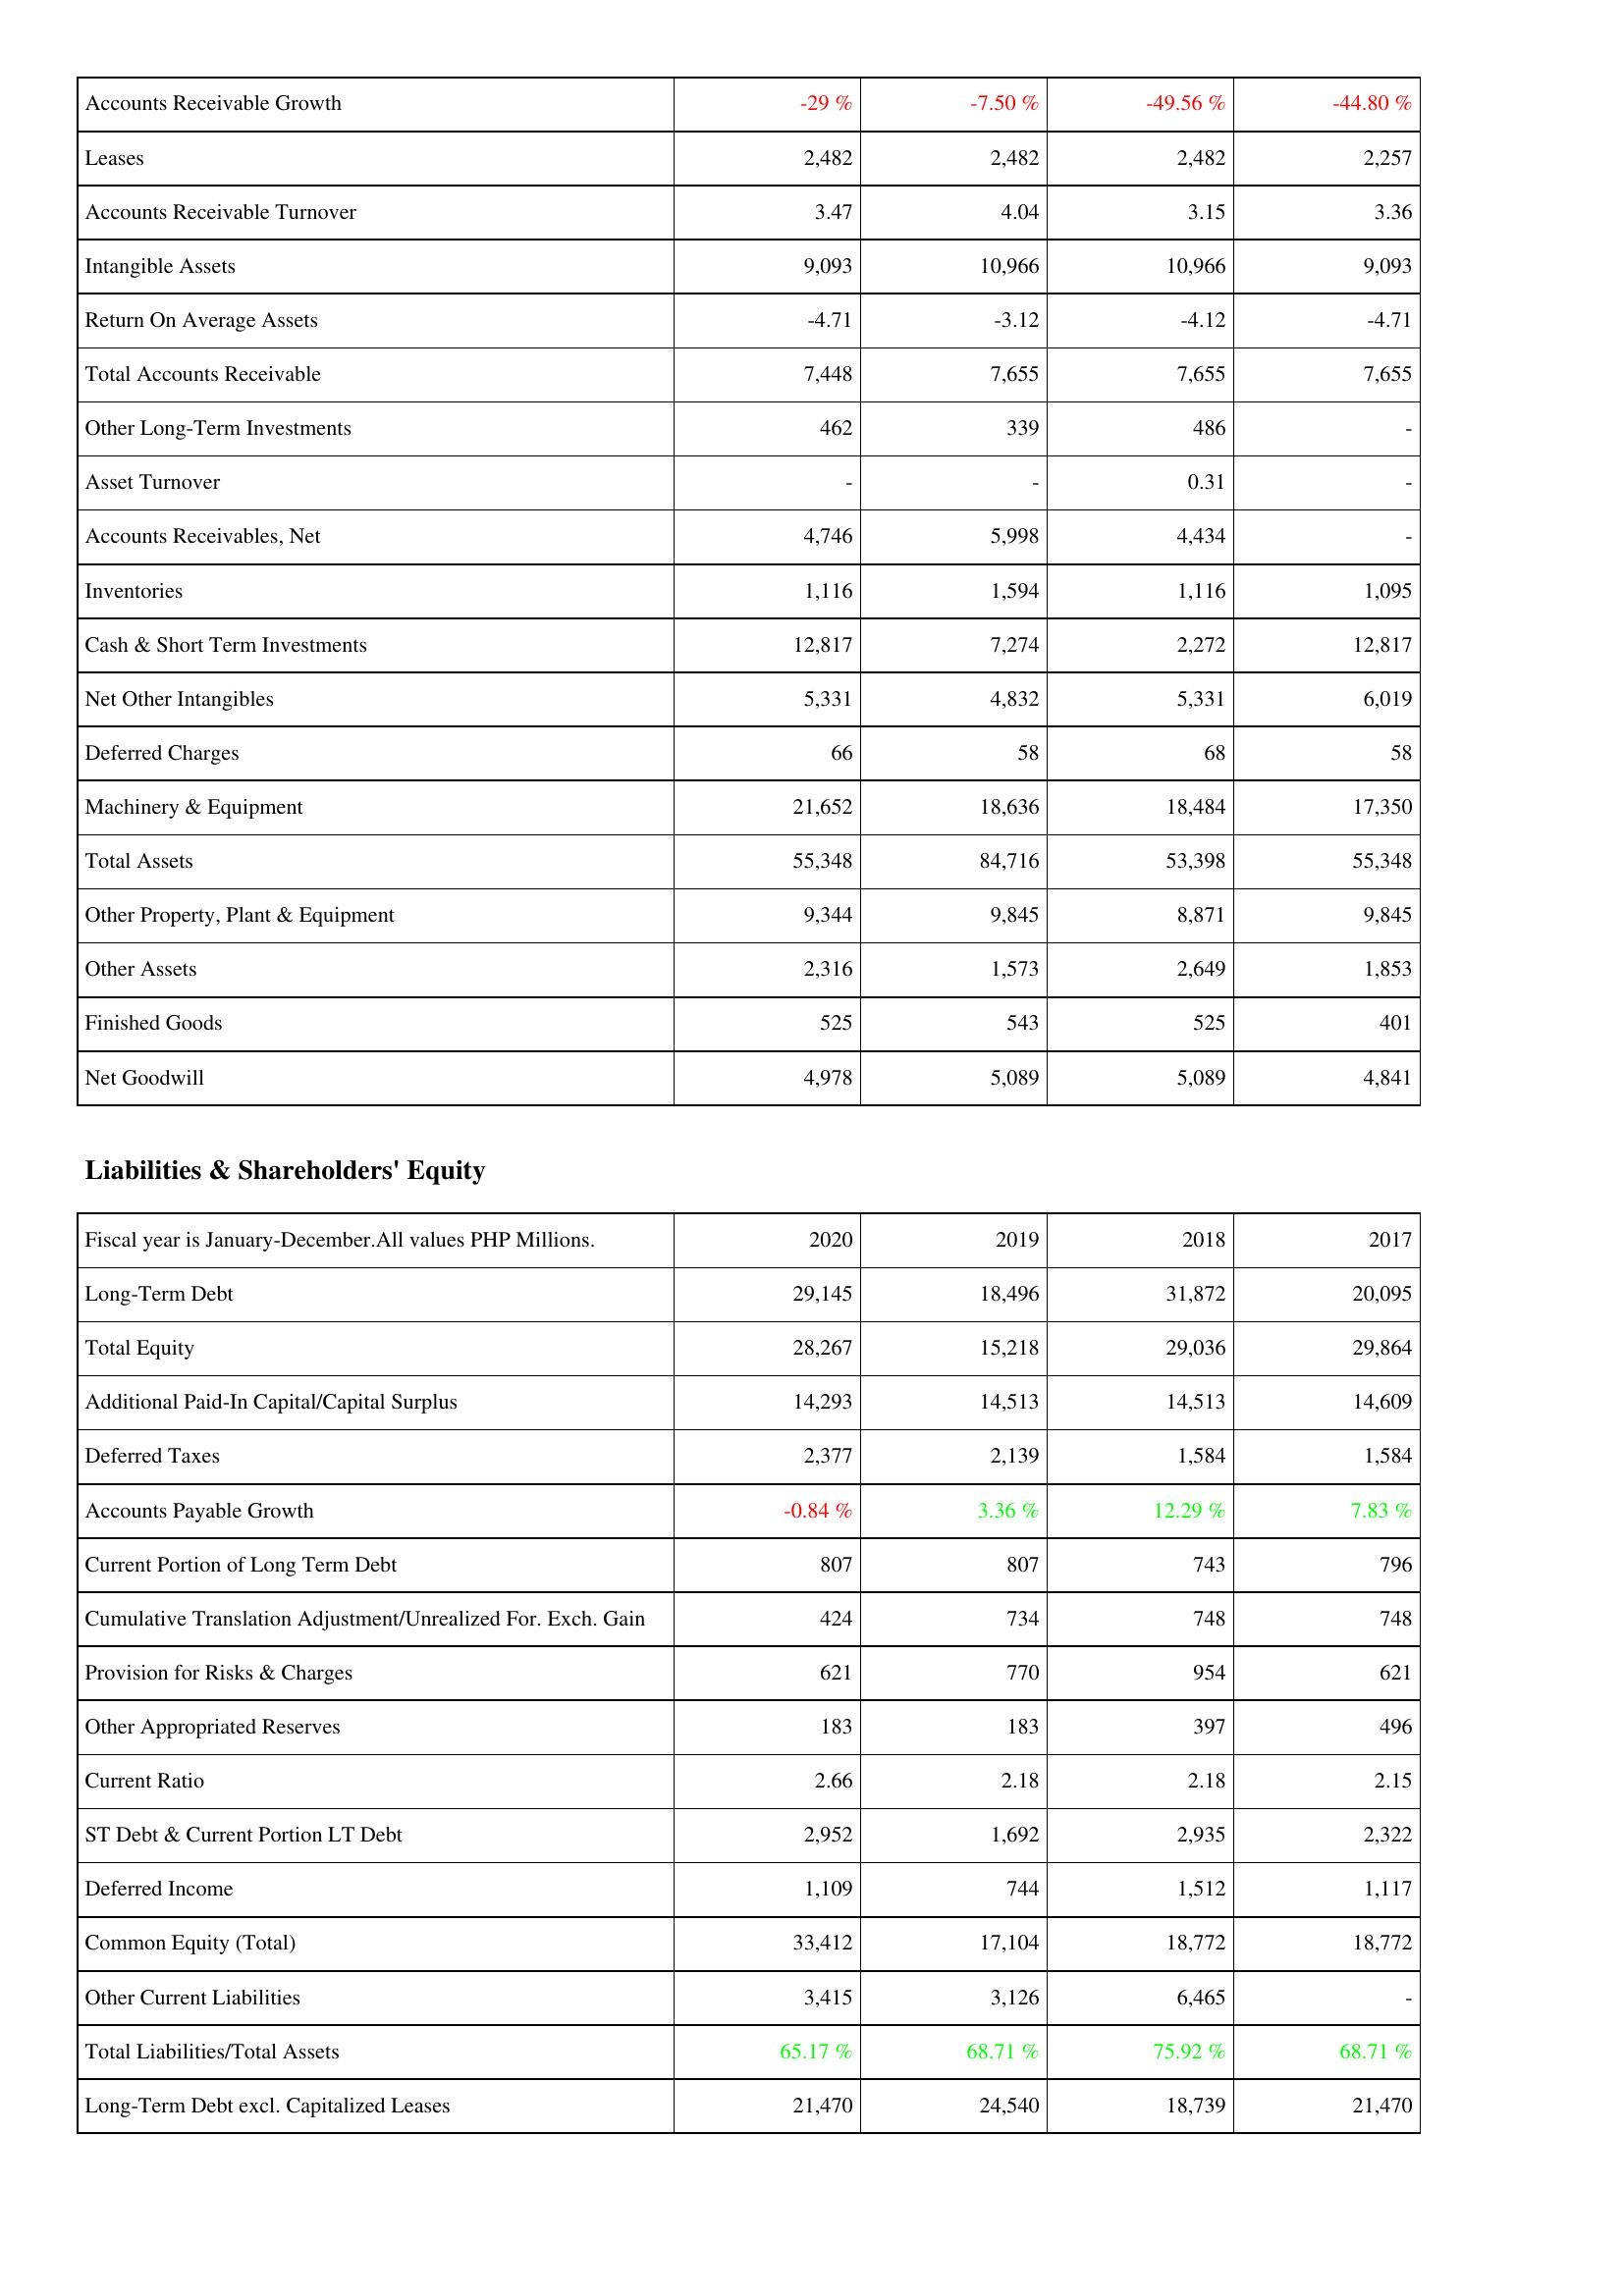
2020: Assets: Accounts Receivable Growth: -29 %
Leases: 2,482
Accounts Receivable Turnover: 3.47
Intangible Assets: 9,093
Return On Average Assets: -4.71
Total Accounts Receivable: 7,448
Other Long-Term Investments: 462
Asset Turnover: -
Accounts Receivables, Net: 4,746
Inventories: 1,116
Cash & Short Term Investments: 12,817
Net Other Intangibles: 5,331
Deferred Charges: 66
Machinery & Equipment: 21,652
Total Assets: 55,348
Other Property, Plant & Equipment: 9,344
Other Assets: 2,316
Finished Goods: 525
Net Goodwill: 4,978
Liabilities & Shareholders' Equity: Long-Term Debt: 29,145
Total Equity: 28,267
Additional Paid-In Capital/Capital Surplus: 14,293
Deferred Taxes: 2,377
Accounts Payable Growth: -0.84 %
Current Portion of Long Term Debt: 807
Cumulative Translation Adjustment/Unrealized For. Exch. Gain: 424
Provision for Risks & Charges: 621
Other Appropriated Reserves: 183
Current Ratio: 2.66
ST Debt & Current Portion LT Debt: 2,952
Deferred Income: 1,109
Common Equity (Total): 33,412
Other Current Liabilities: 3,415
Total Liabilities/Total Assets: 65.17 %
Long-Term Debt excl. Capitalized Leases: 21,470
2019: Assets: Accounts Receivable Growth: -7.50 %
Leases: 2,482
Accounts Receivable Turnover: 4.04
Intangible Assets: 10,966
Return On Average Assets: -3.12
Total Accounts Receivable: 7,655
Other Long-Term Investments: 339
Asset Turnover: -
Accounts Receivables, Net: 5,998
Inventories: 1,594
Cash & Short Term Investments: 7,274
Net Other Intangibles: 4,832
Deferred Charges: 58
Machinery & Equipment: 18,636
Total Assets: 84,716
Other Property, Plant & Equipment: 9,845
Other Assets: 1,573
Finished Goods: 543
Net Goodwill: 5,089
Liabilities & Shareholders' Equity: Long-Term Debt: 18,496
Total Equity: 15,218
Additional Paid-In Capital/Capital Surplus: 14,513
Deferred Taxes: 2,139
Accounts Payable Growth: 3.36 %
Current Portion of Long Term Debt: 807
Cumulative Translation Adjustment/Unrealized For. Exch. Gain: 734
Provision for Risks & Charges: 770
Other Appropriated Reserves: 183
Current Ratio: 2.18
ST Debt & Current Portion LT Debt: 1,692
Deferred Income: 744
Common Equity (Total): 17,104
Other Current Liabilities: 3,126
Total Liabilities/Total Assets: 68.71 %
Long-Term Debt excl. Capitalized Leases: 24,540
2018: Assets: Accounts Receivable Growth: -49.56 %
Leases: 2,482
Accounts Receivable Turnover: 3.15
Intangible Assets: 10,966
Return On Average Assets: -4.12
Total Accounts Receivable: 7,655
Other Long-Term Investments: 486
Asset Turnover: 0.31
Accounts Receivables, Net: 4,434
Inventories: 1,116
Cash & Short Term Investments: 2,272
Net Other Intangibles: 5,331
Deferred Charges: 68
Machinery & Equipment: 18,484
Total Assets: 53,398
Other Property, Plant & Equipment: 8,871
Other Assets: 2,649
Finished Goods: 525
Net Goodwill: 5,089
Liabilities & Shareholders' Equity: Long-Term Debt: 31,872
Total Equity: 29,036
Additional Paid-In Capital/Capital Surplus: 14,513
Deferred Taxes: 1,584
Accounts Payable Growth: 12.29 %
Current Portion of Long Term Debt: 743
Cumulative Translation Adjustment/Unrealized For. Exch. Gain: 748
Provision for Risks & Charges: 954
Other Appropriated Reserves: 397
Current Ratio: 2.18
ST Debt & Current Portion LT Debt: 2,935
Deferred Income: 1,512
Common Equity (Total): 18,772
Other Current Liabilities: 6,465
Total Liabilities/Total Assets: 75.92 %
Long-Term Debt excl. Capitalized Leases: 18,739
2017: Assets: Accounts Receivable Growth: -44.80 %
Leases: 2,257
Accounts Receivable Turnover: 3.36
Intangible Assets: 9,093
Return On Average Assets: -4.71
Total Accounts Receivable: 7,655
Other Long-Term Investments: -
Asset Turnover: -
Accounts Receivables, Net: -
Inventories: 1,095
Cash & Short Term Investments: 12,817
Net Other Intangibles: 6,019
Deferred Charges: 58
Machinery & Equipment: 17,350
Total Assets: 55,348
Other Property, Plant & Equipment: 9,845
Other Assets: 1,853
Finished Goods: 401
Net Goodwill: 4,841
Liabilities & Shareholders' Equity: Long-Term Debt: 20,095
Total Equity: 29,864
Additional Paid-In Capital/Capital Surplus: 14,609
Deferred Taxes: 1,584
Accounts Payable Growth: 7.83 %
Current Portion of Long Term Debt: 796
Cumulative Translation Adjustment/Unrealized For. Exch. Gain: 748
Provision for Risks & Charges: 621
Other Appropriated Reserves: 496
Current Ratio: 2.15
ST Debt & Current Portion LT Debt: 2,322
Deferred Income: 1,117
Common Equity (Total): 18,772
Other Current Liabilities: -
Total Liabilities/Total Assets: 68.71 %
Long-Term Debt excl. Capitalized Leases: 21,470